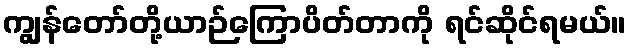
ကျွန်တော်တို့ယာဉ်ကြောပိတ်တာကို ရင်ဆိုင်ရမယ်။